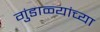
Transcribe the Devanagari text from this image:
गुंडाळ्यांच्या